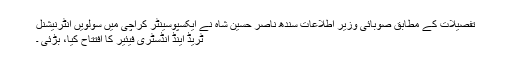
تفصیلات کے مطابق صوبائی وزیر اطلاعات سندھ ناصر حسین شاہ نے ایکسپوسینٹر کراچی میں سولویں انٹرنیشنل
ٹریڈ اینڈ انڈسٹری فیئیر کا افتتاح کیا، بڑئی ۔